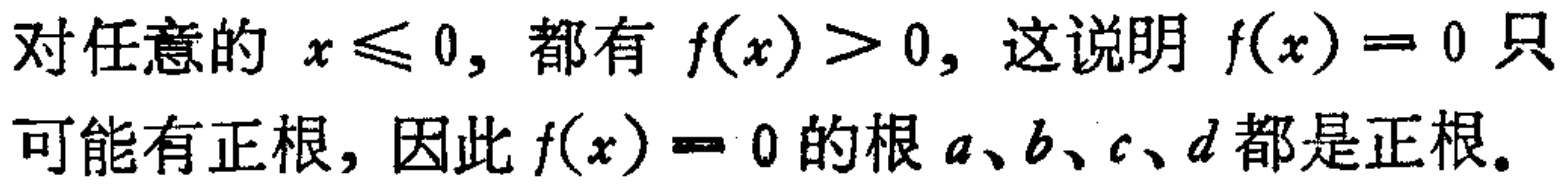
对任意的 \(x\leqslant 0\)，都有 \(f(x)>0\)，这说明 \(f(x)=0\) 只可能有正根，因此 \(f(x)=0\) 的根 \(a、b、c、d\) 都是正根。